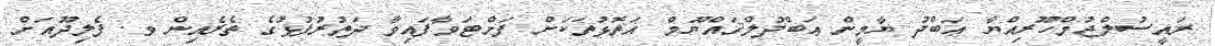
ރައީސުލްޖުމްހޫރިއްޔާ ޢަބްދު ޔާމީން ޢަބްދުލްޤައްޔޫމް އަތޮޅުތަކަށް ފަށްޓަވާފައިވާ ދަތުރުފުޅުގެ ތެރެއިން ވ. ފެލިދޫއަށް